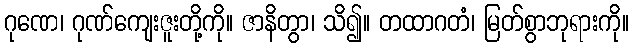
ဂုဏေ၊ ဂုဏ်ကျေးဇူးတို့ကို။ ဇာနိတွာ၊ သိ၍။ တထာဂတံ၊ မြတ်စွာဘုရားကို။